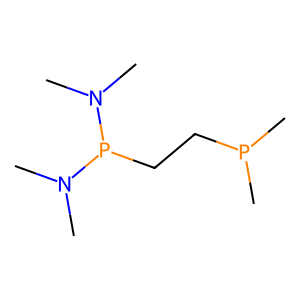
SMILES: CN(C)P(CCP(C)C)N(C)C
Inhibits HIV replication: No